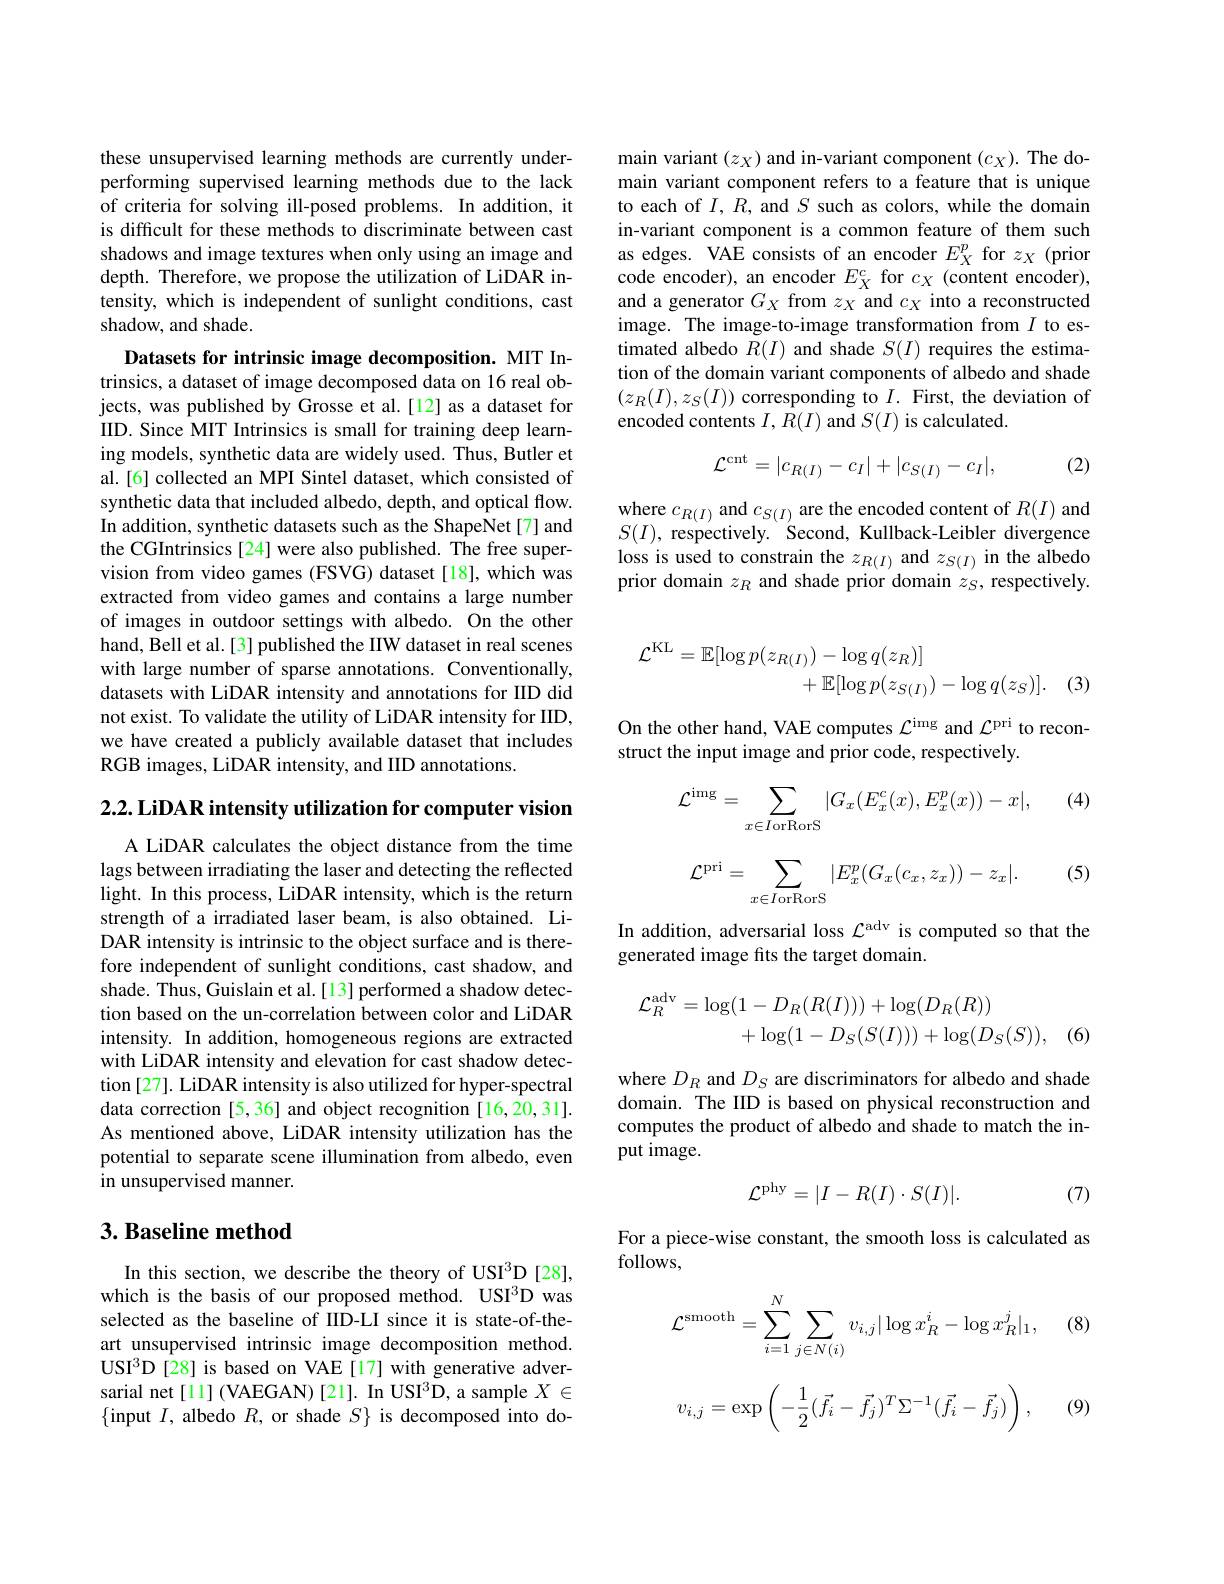
these unsupervised learning methods are currently underperforming supervised learning methods due to the lack of criteria for solving ill-posed problems. In addition, it is difficult for these methods to discriminate between cast shadows and image textures when only using an image and depth. Therefore, we propose the utilization of LiDAR intensity, which is independent of sunlight conditions, cast shadow, and shade.

Datasets for intrinsic image decomposition. MIT Intrinsics, a dataset of image decomposed data on 16 real objects, was published by Grosse et al.[12] as a dataset for IID. Since MIT Intrinsics is small for training deep learning models, synthetic data are widely used. Thus, Butler et al.[6] collected an MPI Sintel dataset, which consisted of synthetic data that included albedo, depth, and optical flow. In addition, synthetic datasets such as the ShapeNet[7] and the CGIntrinsics [24] were also published. The free supervision from video games (FSVG) dataset[18], which was extracted from video games and contains a large number of images in outdoor settings with albedo. On the other hand, Bell et al. [3] published the IIW dataset in real scenes with large number of sparse annotations. Conventionally, datasets with LiDAR intensity and annotations for IID did not exist. To validate the utility of LiDAR intensity for IID, we have created a publicly available dataset that includes RGB images, LiDAR intensity, and IID annotations

2.2. LiDAR intensity utilization for computer vision

A LiDAR calculates the object distance from the time lags between irradiating the laser and detecting the reflected light. In this process, LiDAR intensity, which is the return strength of a irradiated laser beam, is also obtained. LiDAR intensity is intrinsic to the object surface and is therefore independent of sunlight conditions, cast shadow, and shade. Thus, Guislain et al.[13] performed a shadow detection based on the un-correlation between color and LiDAR intensity. In addition, homogeneous regions are extracted with LiDAR intensity and elevation for cast shadow detection [27]. LiDAR intensity is also utilized for hyper-spectral data correction [5,36] and object recognition [16,20,31]. As mentioned above, LiDAR intensity utilization has the potential to separate scene illumination from albedo, even in unsupervised manner.

## 3. Baseline method

In this section, we describe the theory of USI$^3$D[28], which is the basis of our proposed method. USI3D was selected as the baseline of IID-LI since it is state-of-theart unsupervised intrinsic image decomposition method. USI$^{3}$D[28] is based on VAE[17] with generative adversarial net[1] (VAEGAN) [21]. In USI$^3$D, a sample $X\in$ $\{$input $I$, albedo $R$, or shade $S\}$ is decomposed into do-

main variant $(z_X)$ and in-variant component $(c_X).$ The domain variant component refers to a feature that is unique to each of $I,R$, and $S$ such as colors, while the domain in-variant component is a common feature of them such as edges. VAE consists of an encoder $E_X^p$ for $z_X$ (prior code encoder), an encoder $E_X^c$ for $c_X$ (content encoder), and a generator $G_X$ from $z_X$ and $c_X$ into a reconstructed image. The image-to-image transformation from $I$ to estimated albedo $R(I)$ and shade $S(I)$ requires the estimation of the domain variant components of albedo and shade $(z_R(I),z_S(I))\operatorname*{corresponding~to~}I.$ First, the deviation of encoded contents $I,\bar{R}(I)$ and $S(I)$ is calculated.
$$\mathcal{L}^{\mathrm{cnt}}=|c_{R(I)}-c_{I}|+|c_{S(I)}-c_{I}|,$$
(2)

where $c_{R(I)}$ and $c_{S(I)}$ are the encoded content of $R(I)$ and $S(I)$, respectively. Second, Kullback-Leibler divergence loss is used to constrain the $z_{R(I)}$ and $z_{S(I)}$ in the albedo prior domain $z_R$ and shade prior domain $z_S$, respectively
$$\begin{aligned}\mathcal{L}^{\mathrm{KL}}&=\mathbb{E}[\log p(z_{R(I)})-\log q(z_{R})]\\&+\mathbb{E}[\log p(z_{S(I)})-\log q(z_{S})].\end{aligned}$$
(3)

On the other hand, VAE computes $\mathcal{L}^\mathrm{img}$ and $\mathcal{L}^\mathrm{pri}$ to recon-
struct the input image and prior code, respectively.

(4)
$$\mathcal{L}^{\mathrm{img}}=\sum_{x\in I\text{orRorS}}|G_x(E_x^c(x),E_x^p(x))-x|,$$
(5)
$$\mathcal{L}^{\mathrm{pri}}=\sum_{x\in I\text{orRorS}}|E_{x}^{p}(G_{x}(c_{x},z_{x}))-z_{x}|.$$
In addition, adversarial loss $\mathcal{L}^\mathrm{adv}$ is computed so that the
generated image fits the target domain.
$$\begin{aligned}\mathcal{L}_{R}^{\mathrm{adv}}&=\log(1-D_{R}(R(I)))+\log(D_{R}(R))\\&+\log(1-D_{S}(S(I)))+\log(D_{S}(S)),\end{aligned}$$
, (6)

where $D_R$ and $D_S$ are discriminators for albedo and shade domain. The IID is based on physical reconstruction and computes the product of albedo and shade to match the input image.
$$\mathcal{L}^{\mathrm{phy}}=|I-R(I)\cdot S(I)|.$$
(7)

For a piece-wise constant, the smooth loss is calculated as
follows,

(8)
$$\mathcal{L}^{\mathrm{smooth}}=\sum_{i=1}^N\sum_{j\in N(i)}v_{i,j}|\log x_R^i-\log x_R^j|_1,$$
$$v_{i,j}=\exp\left(-\frac{1}{2}(\vec{f}_{i}-\vec{f}_{j})^{T}\Sigma^{-1}(\vec{f}_{i}-\vec{f}_{j})\right),$$
(9)